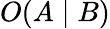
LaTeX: O(A\mid B)